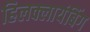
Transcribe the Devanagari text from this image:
हिलक्लायंबिंग